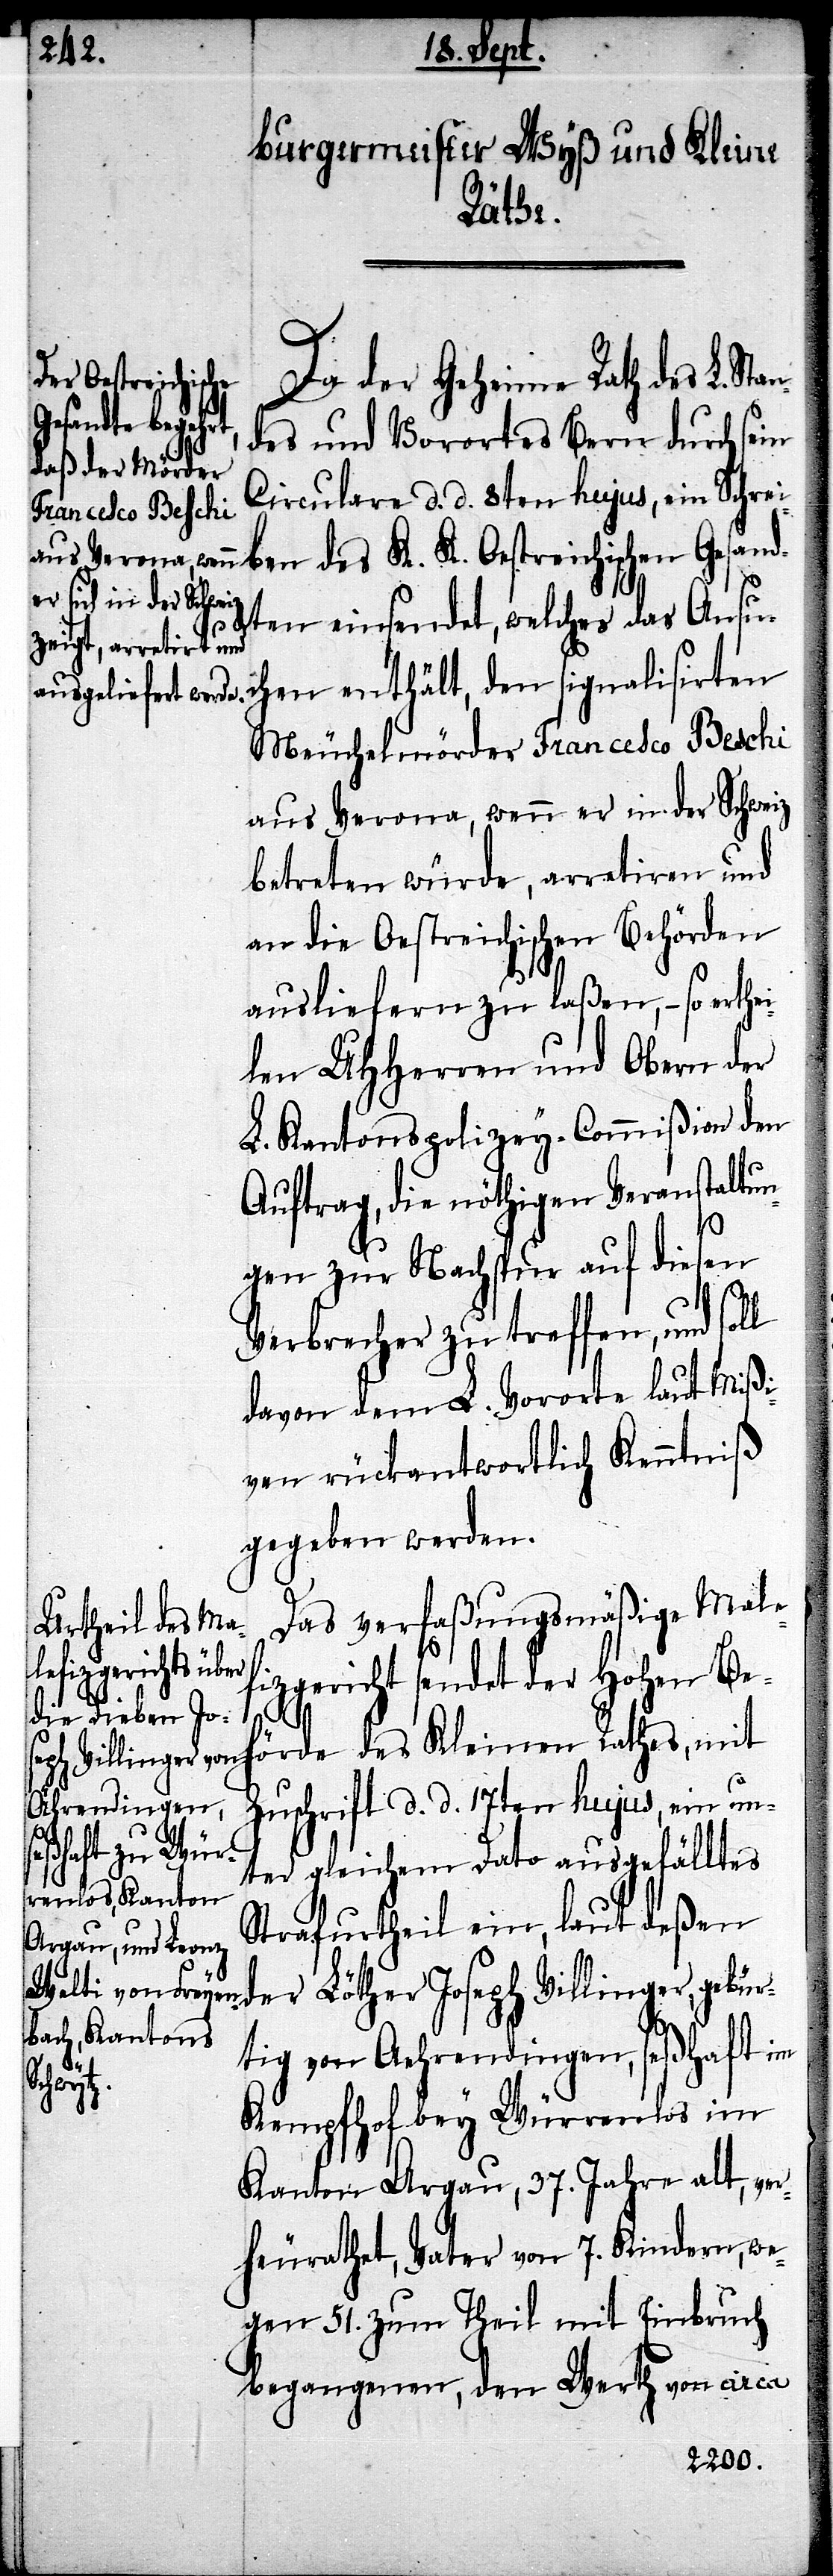
K. Oestreichisc¬
Da der Geheime Rath des L. S¬
hen Gesan¬
des und Vorortes Bern durch sein
Circulare d. d. 8ten hujus, ein Schrei¬
dten einsendet, welches das Ansu¬
ef¬
chen enthält, den signalisirten
Meuchelmörder Francesco Beschi
aus Verona, wenn er in der Schweiz
betreten würde, arretiren und
an die Oestreichischen Behörden
ausliefern zu laßen, – so erthe¬
ilen UHHerren und Obern der
L. Kantonspolizey-Commißion den
Auftrag, die nöthigen Veranstaltun¬
gen zur Nachspur auf diesen
Verbrecher zu treffen, und
davon dem L. Vororte laut Mißi¬
ven rückantwortlich Kenntniß
gegeben werden.
Das verfaßungsmäßige Mal¬
izgericht sendet der hohen Beh¬
örde des Kleinen Rathes, mit
Zuschrift d. d. 17ten hujus, ein un¬
ter gleichem Dato ausgefälltes
Strafurtheil ein, laut deßen
der Löther Joseph Villinger, gebür¬
tig von Aehrendingen, seßhaft
Kemphof bey Würrenlos im
Kanton Argau, 37. Jahre alt, ve¬
rheurathet, Vater von 7. Kindern, we¬
gen 51. zum Theil mit Einbruch
begangenen, den Werth von circa